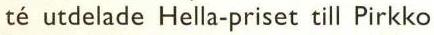
té utdelade Hella-priset till Pirkko